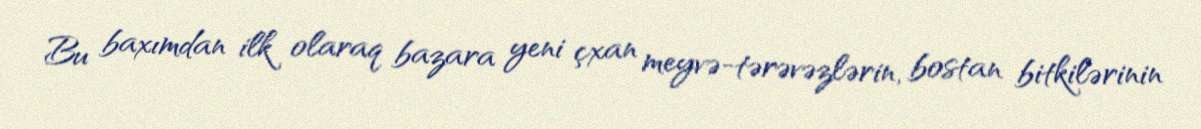
Bu baxımdan ilk olaraq bazara yeni çxan meyvə-tərəvəzlərin, bostan bitkilərinin